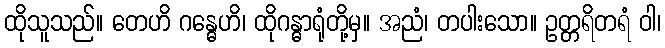
ထိုသူသည်။ တေဟိ ဂန္ဓေဟိ၊ ထိုဂန္ဓာရုံတို့မှ။ အညံ၊ တပါးသော။ ဥတ္တရိတရံ ဝါ၊